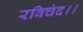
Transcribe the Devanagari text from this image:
रविचंद।।